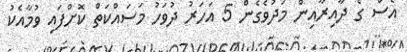
އެސް ގެ ދާއިރާއިން މަދުވެގެން 5 އަހަރު ދުވަހު މަސައްކަތް ކޮށްފައި ވުމާއެކު